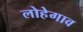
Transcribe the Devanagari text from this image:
लोहेगाव